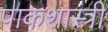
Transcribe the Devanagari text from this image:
पाकशास्त्री